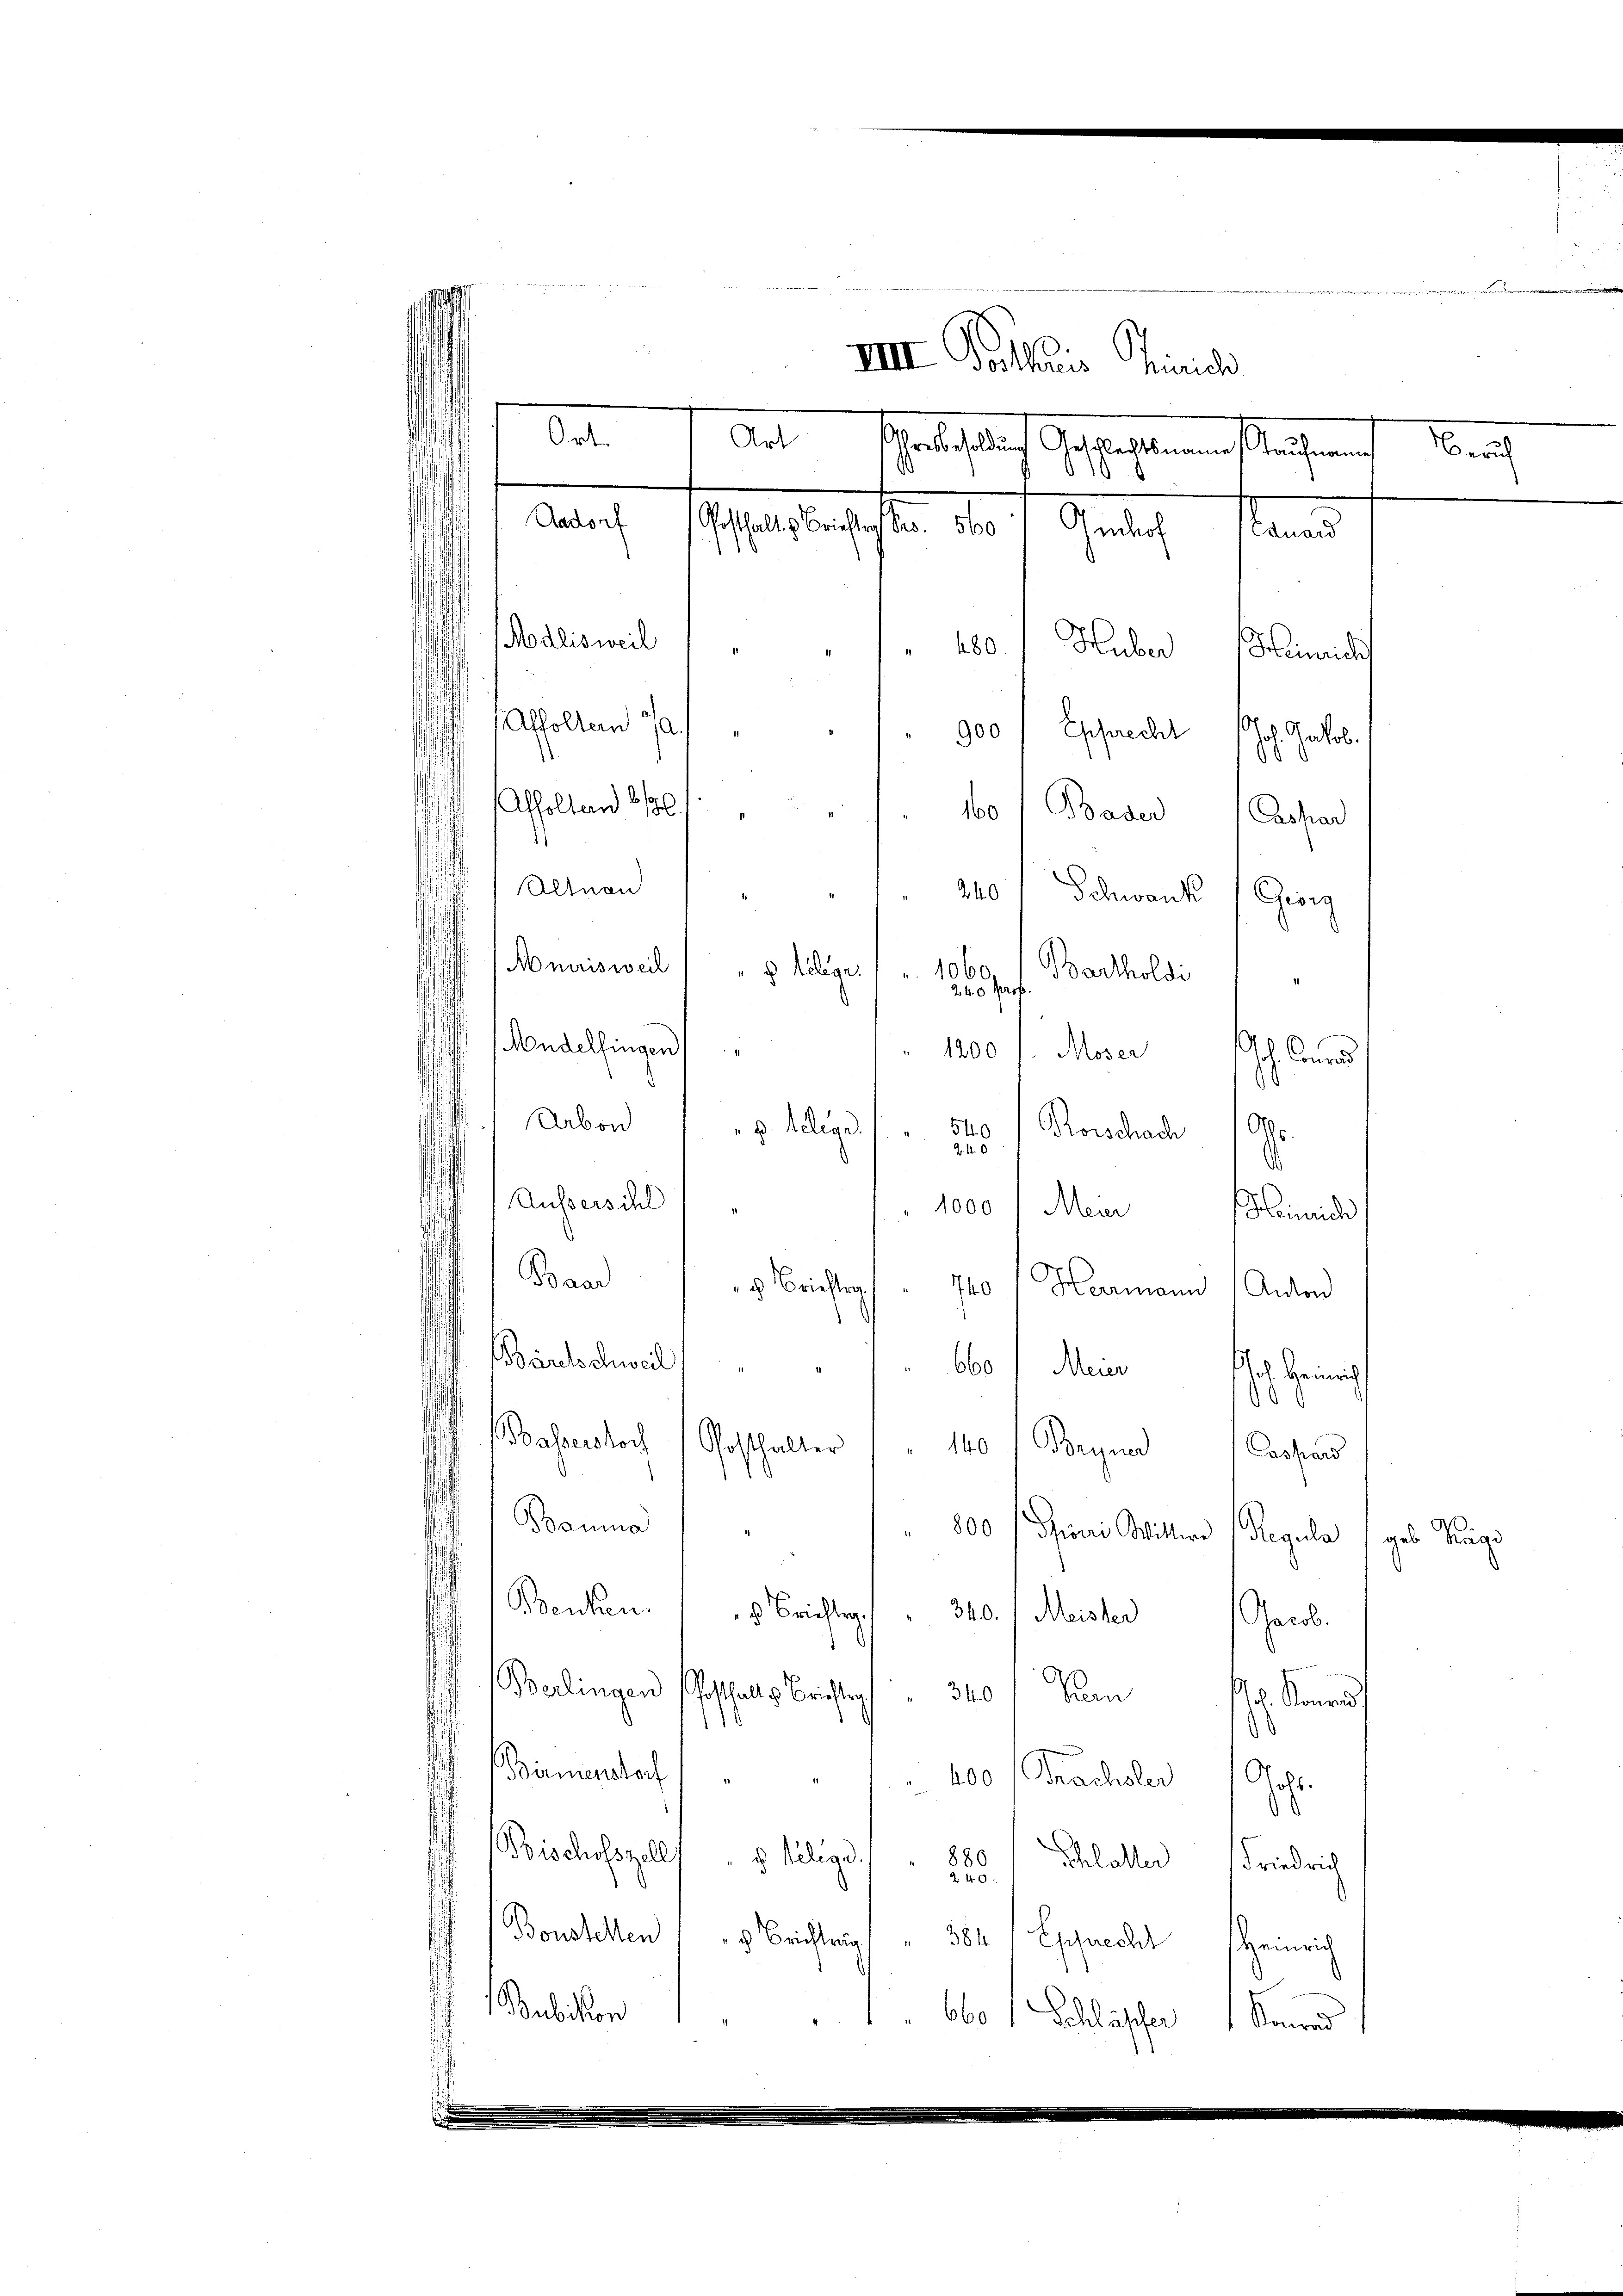
d
Aadorf
aelsbergiften der
Gudach
tan
Modlisweil " " " "
480.
Huber
Himidis
Affoltern Ja
900/ Epprecht Joh. Jakob.
Abholten 6.

160/ Bader Caspar
Altnau
240 " Schwank (Giorg
¬
Amrisweil
1060,
 Kllige
Bartholdi
240 Pr
Mandelfingen)
1200 /. Moser
ch Conrad
Arbon
g. Belege
540
Rorschach Ao.
240
.
Aussers des
1000f Mein Heinrich
Baad
 Brieftrag
740 f Herrmann Anton
¬
Barchschweil
660 Mein Heinrich
0
Basserstoch
Posthalter
140. Begnad Cassan
Bemina
" 800 (Spiori Wittwe Regula
ges Tage
Benken.
3 Brieftig.
340. /. Meister Jacob.

Berlingen Gotthals Berichte " 340 / ha
l. Konrad
1
d
Birmenstorf
 400 Gnächsler / soll.
d
Bischofszell " " Selige
880
Schlöller Friedrich
240
Boustellen ( " Brichtung " 384 (Epprechl Heinrich
Balbier
6601 Schläffer
Konrad 1

Ort.

IIII Vortheis Zürich
Art
Gestehelich Geschaltenen Seiterung

a

eruch